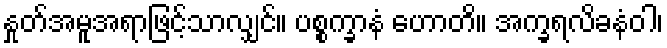
နှုတ်အမူအရာဖြင့်သာလျှင်။ ပစ္စက္ခာနံ ဟောတိ။ အက္ခရလိခနံဝါ၊